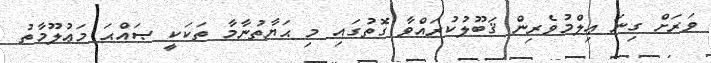
ވަރަށް ގިނަ ޢިލްމުވެރިން ޤަބޫލުކުރައްވާ ގޮތުގައި މި ޙަޔާތުނާމާ ތަކަކީ ޞައްޙަ މަޢުލޫމާތު